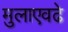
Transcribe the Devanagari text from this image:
मुलाएवढे